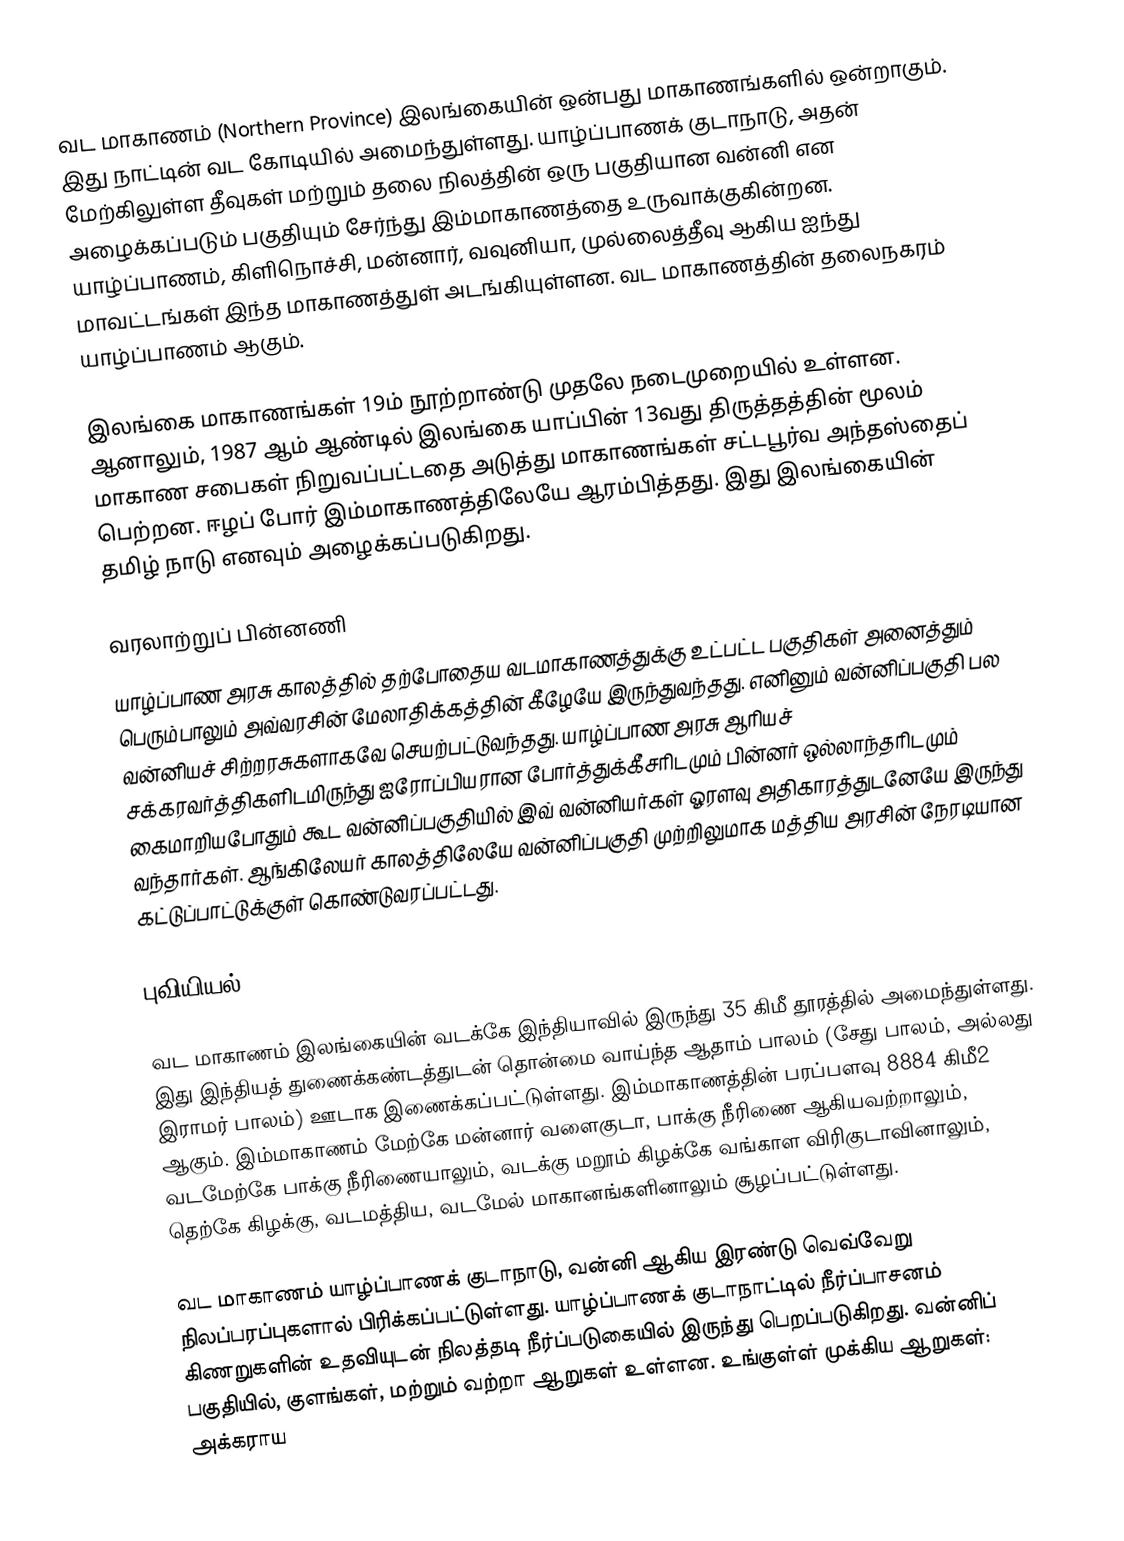
வட மாகாணம் (Northern Province) இலங்கையின் ஒன்பது மாகாணங்களில் ஒன்றாகும். இது நாட்டின் வட கோடியில் அமைந்துள்ளது. யாழ்ப்பாணக் குடாநாடு, அதன் மேற்கிலுள்ள தீவுகள் மற்றும் தலை நிலத்தின் ஒரு பகுதியான வன்னி என அழைக்கப்படும் பகுதியும் சேர்ந்து இம்மாகாணத்தை உருவாக்குகின்றன. யாழ்ப்பாணம், கிளிநொச்சி, மன்னார், வவுனியா, முல்லைத்தீவு ஆகிய ஐந்து மாவட்டங்கள் இந்த மாகாணத்துள் அடங்கியுள்ளன. வட மாகாணத்தின் தலைநகரம் யாழ்ப்பாணம் ஆகும்.

இலங்கை மாகாணங்கள் 19ம் நூற்றாண்டு முதலே நடைமுறையில் உள்ளன. ஆனாலும், 1987 ஆம் ஆண்டில் இலங்கை யாப்பின் 13வது திருத்தத்தின் மூலம் மாகாண சபைகள் நிறுவப்பட்டதை அடுத்து மாகாணங்கள் சட்டபூர்வ அந்தஸ்தைப் பெற்றன. ஈழப் போர் இம்மாகாணத்திலேயே ஆரம்பித்தது. இது இலங்கையின் தமிழ் நாடு எனவும் அழைக்கப்படுகிறது.

வரலாற்றுப் பின்னணி
யாழ்ப்பாண அரசு காலத்தில் தற்போதைய வடமாகாணத்துக்கு உட்பட்ட பகுதிகள் அனைத்தும் பெரும்பாலும் அவ்வரசின் மேலாதிக்கத்தின் கீழேயே இருந்துவந்தது. எனினும் வன்னிப்பகுதி பல வன்னியச் சிற்றரசுகளாகவே செயற்பட்டுவந்தது. யாழ்ப்பாண அரசு ஆரியச் சக்கரவர்த்திகளிடமிருந்து ஐரோப்பியரான போர்த்துக்கீசரிடமும் பின்னர் ஒல்லாந்தரிடமும் கைமாறியபோதும் கூட வன்னிப்பகுதியில் இவ் வன்னியர்கள் ஓரளவு அதிகாரத்துடனேயே இருந்து வந்தார்கள். ஆங்கிலேயர் காலத்திலேயே வன்னிப்பகுதி முற்றிலுமாக மத்திய அரசின் நேரடியான கட்டுப்பாட்டுக்குள் கொண்டுவரப்பட்டது.

புவியியல்

வட மாகாணம் இலங்கையின் வடக்கே இந்தியாவில் இருந்து 35 கிமீ தூரத்தில் அமைந்துள்ளது. இது இந்தியத் துணைக்கண்டத்துடன் தொன்மை வாய்ந்த ஆதாம் பாலம் (சேது பாலம், அல்லது இராமர் பாலம்) ஊடாக இணைக்கப்பட்டுள்ளது. இம்மாகாணத்தின் பரப்பளவு 8884 கிமீ2 ஆகும். இம்மாகாணம் மேற்கே மன்னார் வளைகுடா, பாக்கு நீரிணை ஆகியவற்றாலும், வடமேற்கே பாக்கு நீரிணையாலும், வடக்கு மறூம் கிழக்கே வங்காள விரிகுடாவினாலும், தெற்கே கிழக்கு, வடமத்திய, வடமேல் மாகானங்களினாலும் சூழப்பட்டுள்ளது.

வட மாகாணம் யாழ்ப்பாணக் குடாநாடு, வன்னி ஆகிய இரண்டு வெவ்வேறு நிலப்பரப்புகளால் பிரிக்கப்பட்டுள்ளது. யாழ்ப்பாணக் குடாநாட்டில் நீர்ப்பாசனம் கிணறுகளின் உதவியுடன் நிலத்தடி நீர்ப்படுகையில் இருந்து பெறப்படுகிறது. வன்னிப் பகுதியில், குளங்கள், மற்றும் வற்றா ஆறுகள் உள்ளன. உங்குள்ள் முக்கிய ஆறுகள்: அக்கராய